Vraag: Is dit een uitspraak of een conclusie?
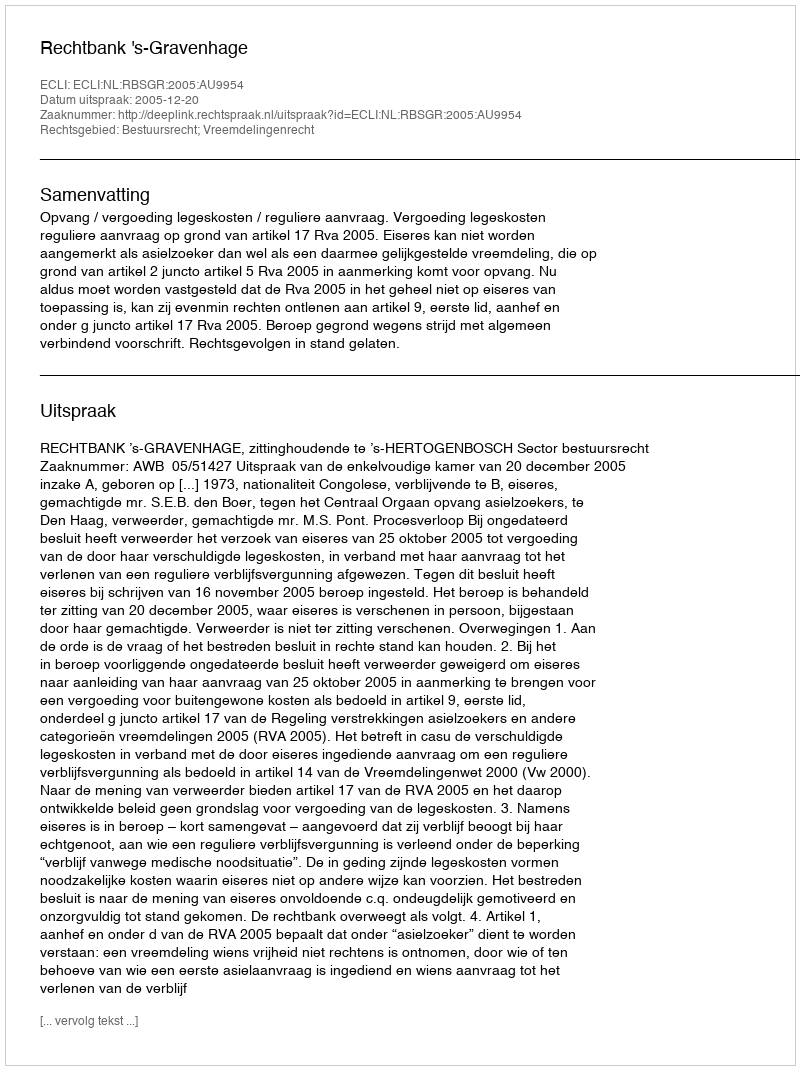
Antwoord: Uitspraak